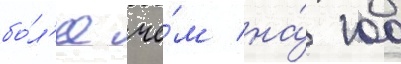
бо́л'ее че́м на́ 100